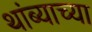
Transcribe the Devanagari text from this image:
थांब्याच्या